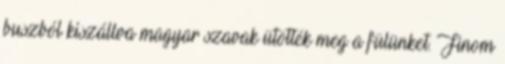
buszból kiszállva magyar szavak ütötték meg a fülünket. Finom